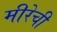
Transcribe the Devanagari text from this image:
मीरेची